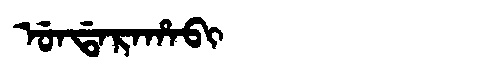
Manchu: ᡠᠨᡩᠠᡵᠠᡥᠠᠪᡳ
Romanization: UNDARAHABI